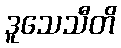
ဒူသေသီတိ